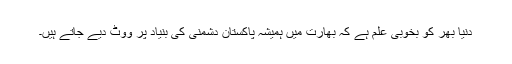
دنیا بھر کو بخوبی علم ہے کہ بھارت میں ہمیشہ پاکستان دشمنی کی بنیاد پر ووٹ دیے جاتے ہیں۔